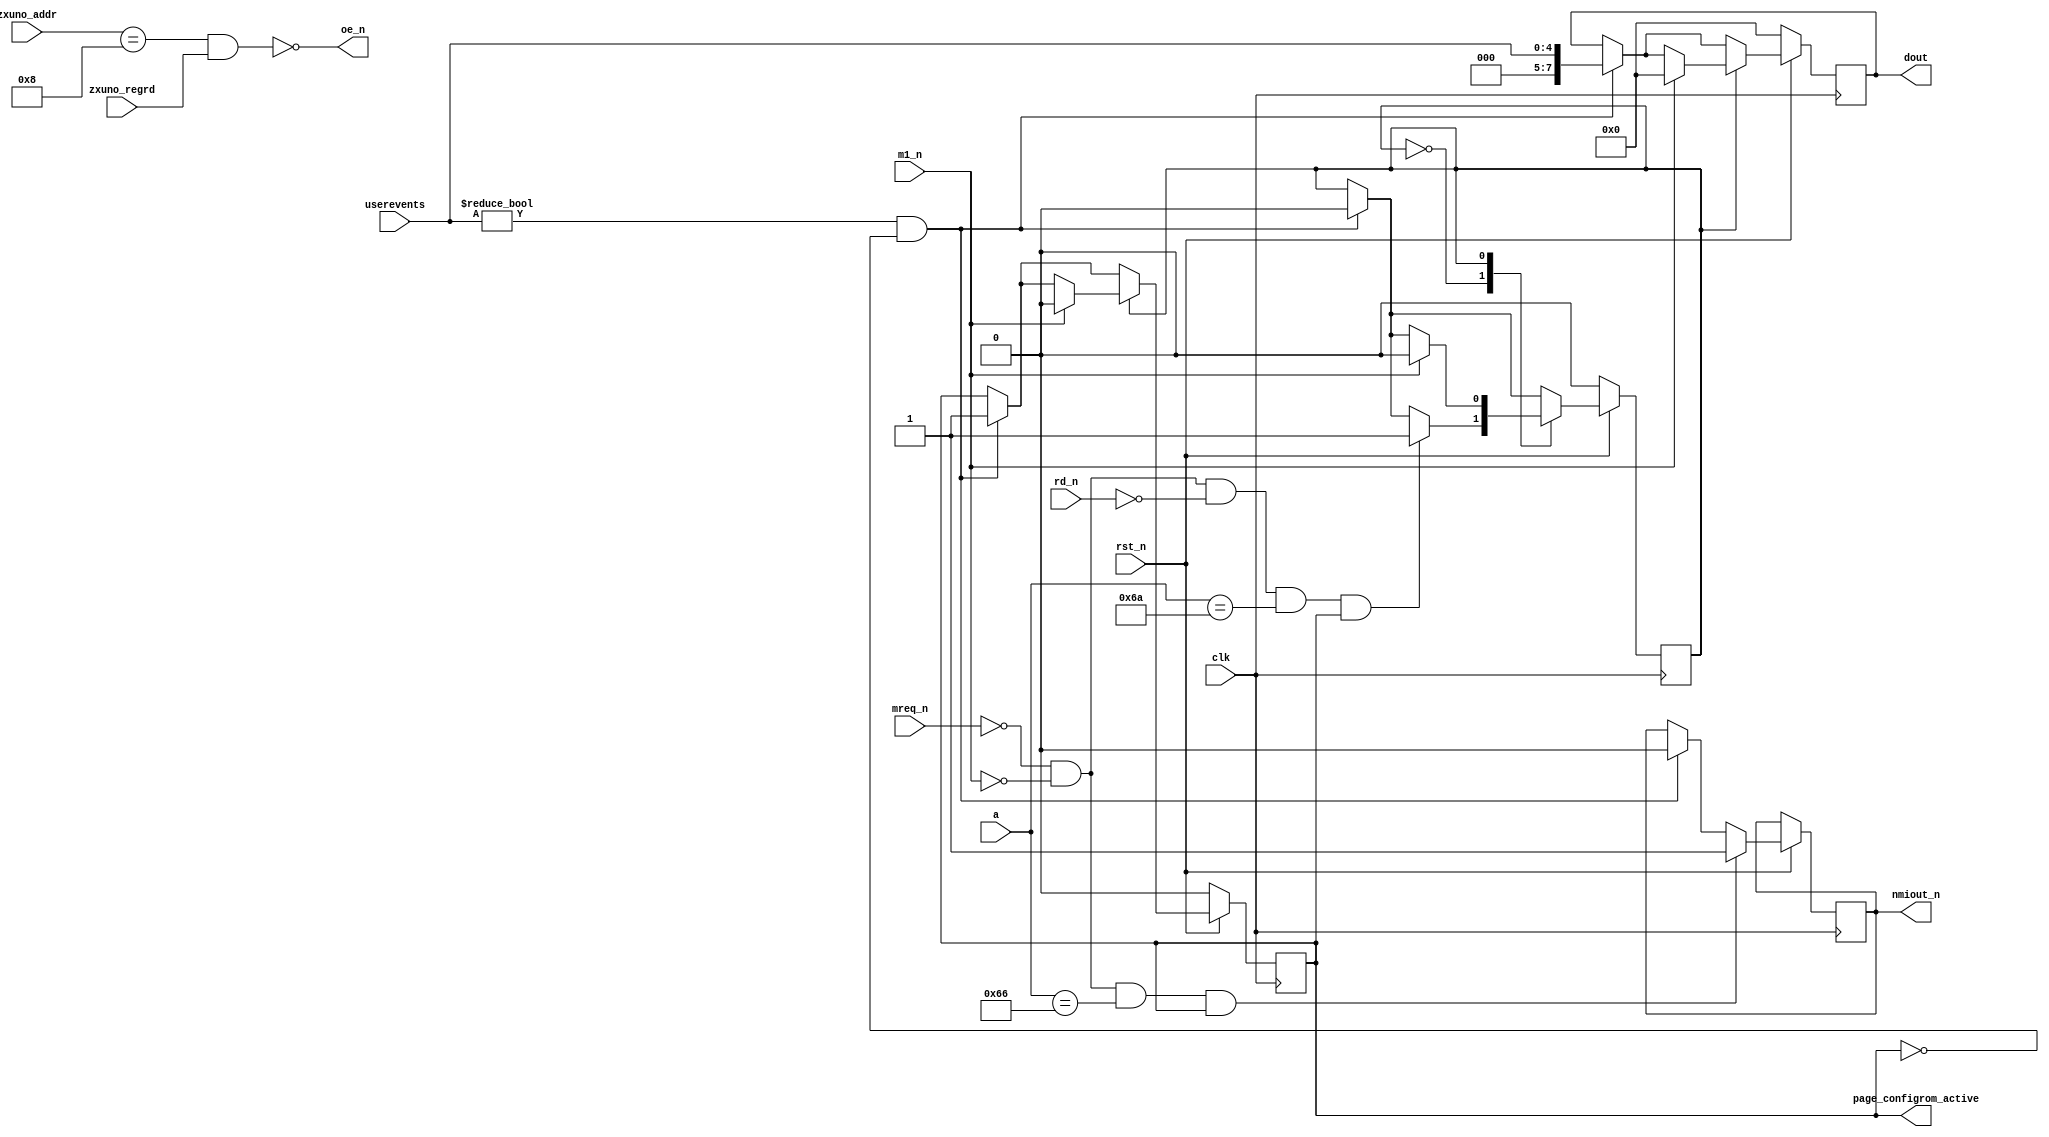
module nmievents (
    input wire clk,
    input wire rst_n,
    //------------------------------
    input wire [7:0] zxuno_addr,
    input wire zxuno_regrd,
    //------------------------------
    input wire [4:0] userevents,
    //------------------------------
    input wire [15:0] a,
    input wire m1_n,
    input wire mreq_n,
    input wire rd_n,
    output wire [7:0] dout,
    output wire oe_n,
    output reg nmiout_n,
    output reg page_configrom_active
    );
    
    parameter NMIEVENT = 8'h08;
    parameter IDLE          = 1'd0,
              ABOUT_TO_EXIT = 1'd1;
    
    initial page_configrom_active = 1'b0;
    initial nmiout_n = 1'b1;
        
    reg state = IDLE;        
    reg [7:0] nmieventreg = 8'h00;
    assign dout = nmieventreg;
    assign oe_n = ~(zxuno_addr == NMIEVENT && zxuno_regrd == 1'b1);    
    
    always @(posedge clk) begin
        if (rst_n == 1'b0) begin
            nmieventreg <= 8'h00;
            page_configrom_active <= 1'b0;
            state <= IDLE;
        end
        else begin            
            if (userevents != 5'b00000 && page_configrom_active == 1'b0) begin
                nmieventreg <= {3'b000, userevents};
                nmiout_n <= 1'b0;
                page_configrom_active <= 1'b1;
                state <= IDLE;
            end
            if (mreq_n == 1'b0 && m1_n == 1'b0 && a == 16'h0066 && page_configrom_active == 1'b1)  // ya estamos en NMI
                nmiout_n <= 1'b1;  // asi que desactivo la seal
            
            case (state)
                IDLE: 
                  begin
                    if (mreq_n == 1'b0 && m1_n == 1'b0 && rd_n == 1'b0 && a==16'h006A && page_configrom_active == 1'b1)
                        state <= ABOUT_TO_EXIT;
                  end
                ABOUT_TO_EXIT: 
                  begin
                    if (m1_n == 1'b1) begin
                        page_configrom_active <= 1'b0;
                        nmieventreg <= 8'h00;
                        state <= IDLE;
                    end
                  end
                default: state <= IDLE;
            endcase
        end
    end
endmodule